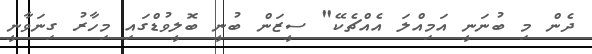
ދެން މި ބުނަނީ އަމިއްލަ އެއްޗެކޭ" ސީޒަން ބުނީ ބޮލީވުޑްގައި މިހާރު ގިނަވާނީ